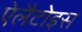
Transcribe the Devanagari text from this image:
ऐलैटोइस